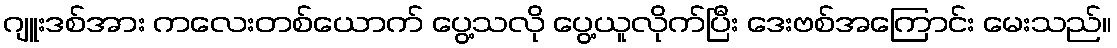
ဂျူးဒစ်အား ကလေးတစ်ယောက် ပွေ့သလို ပွေ့ယူလိုက်ပြီး ဒေးဗစ်အကြောင်း မေးသည်။